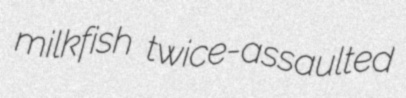
milkfish twice-assaulted